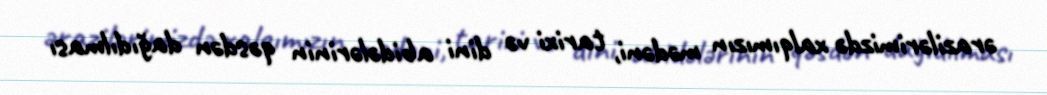
ərazilərimizdə xalqımızın mədəni, tarixi və dini abidələrinin qəsdən dağıdılması